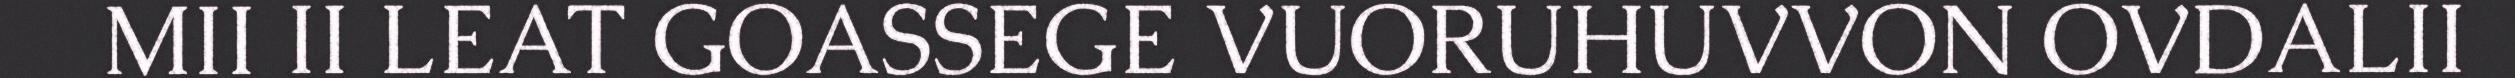
MII II LEAT GOASSEGE VUORUHUVVON OVDALII